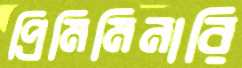
প্রিমিমিনারি